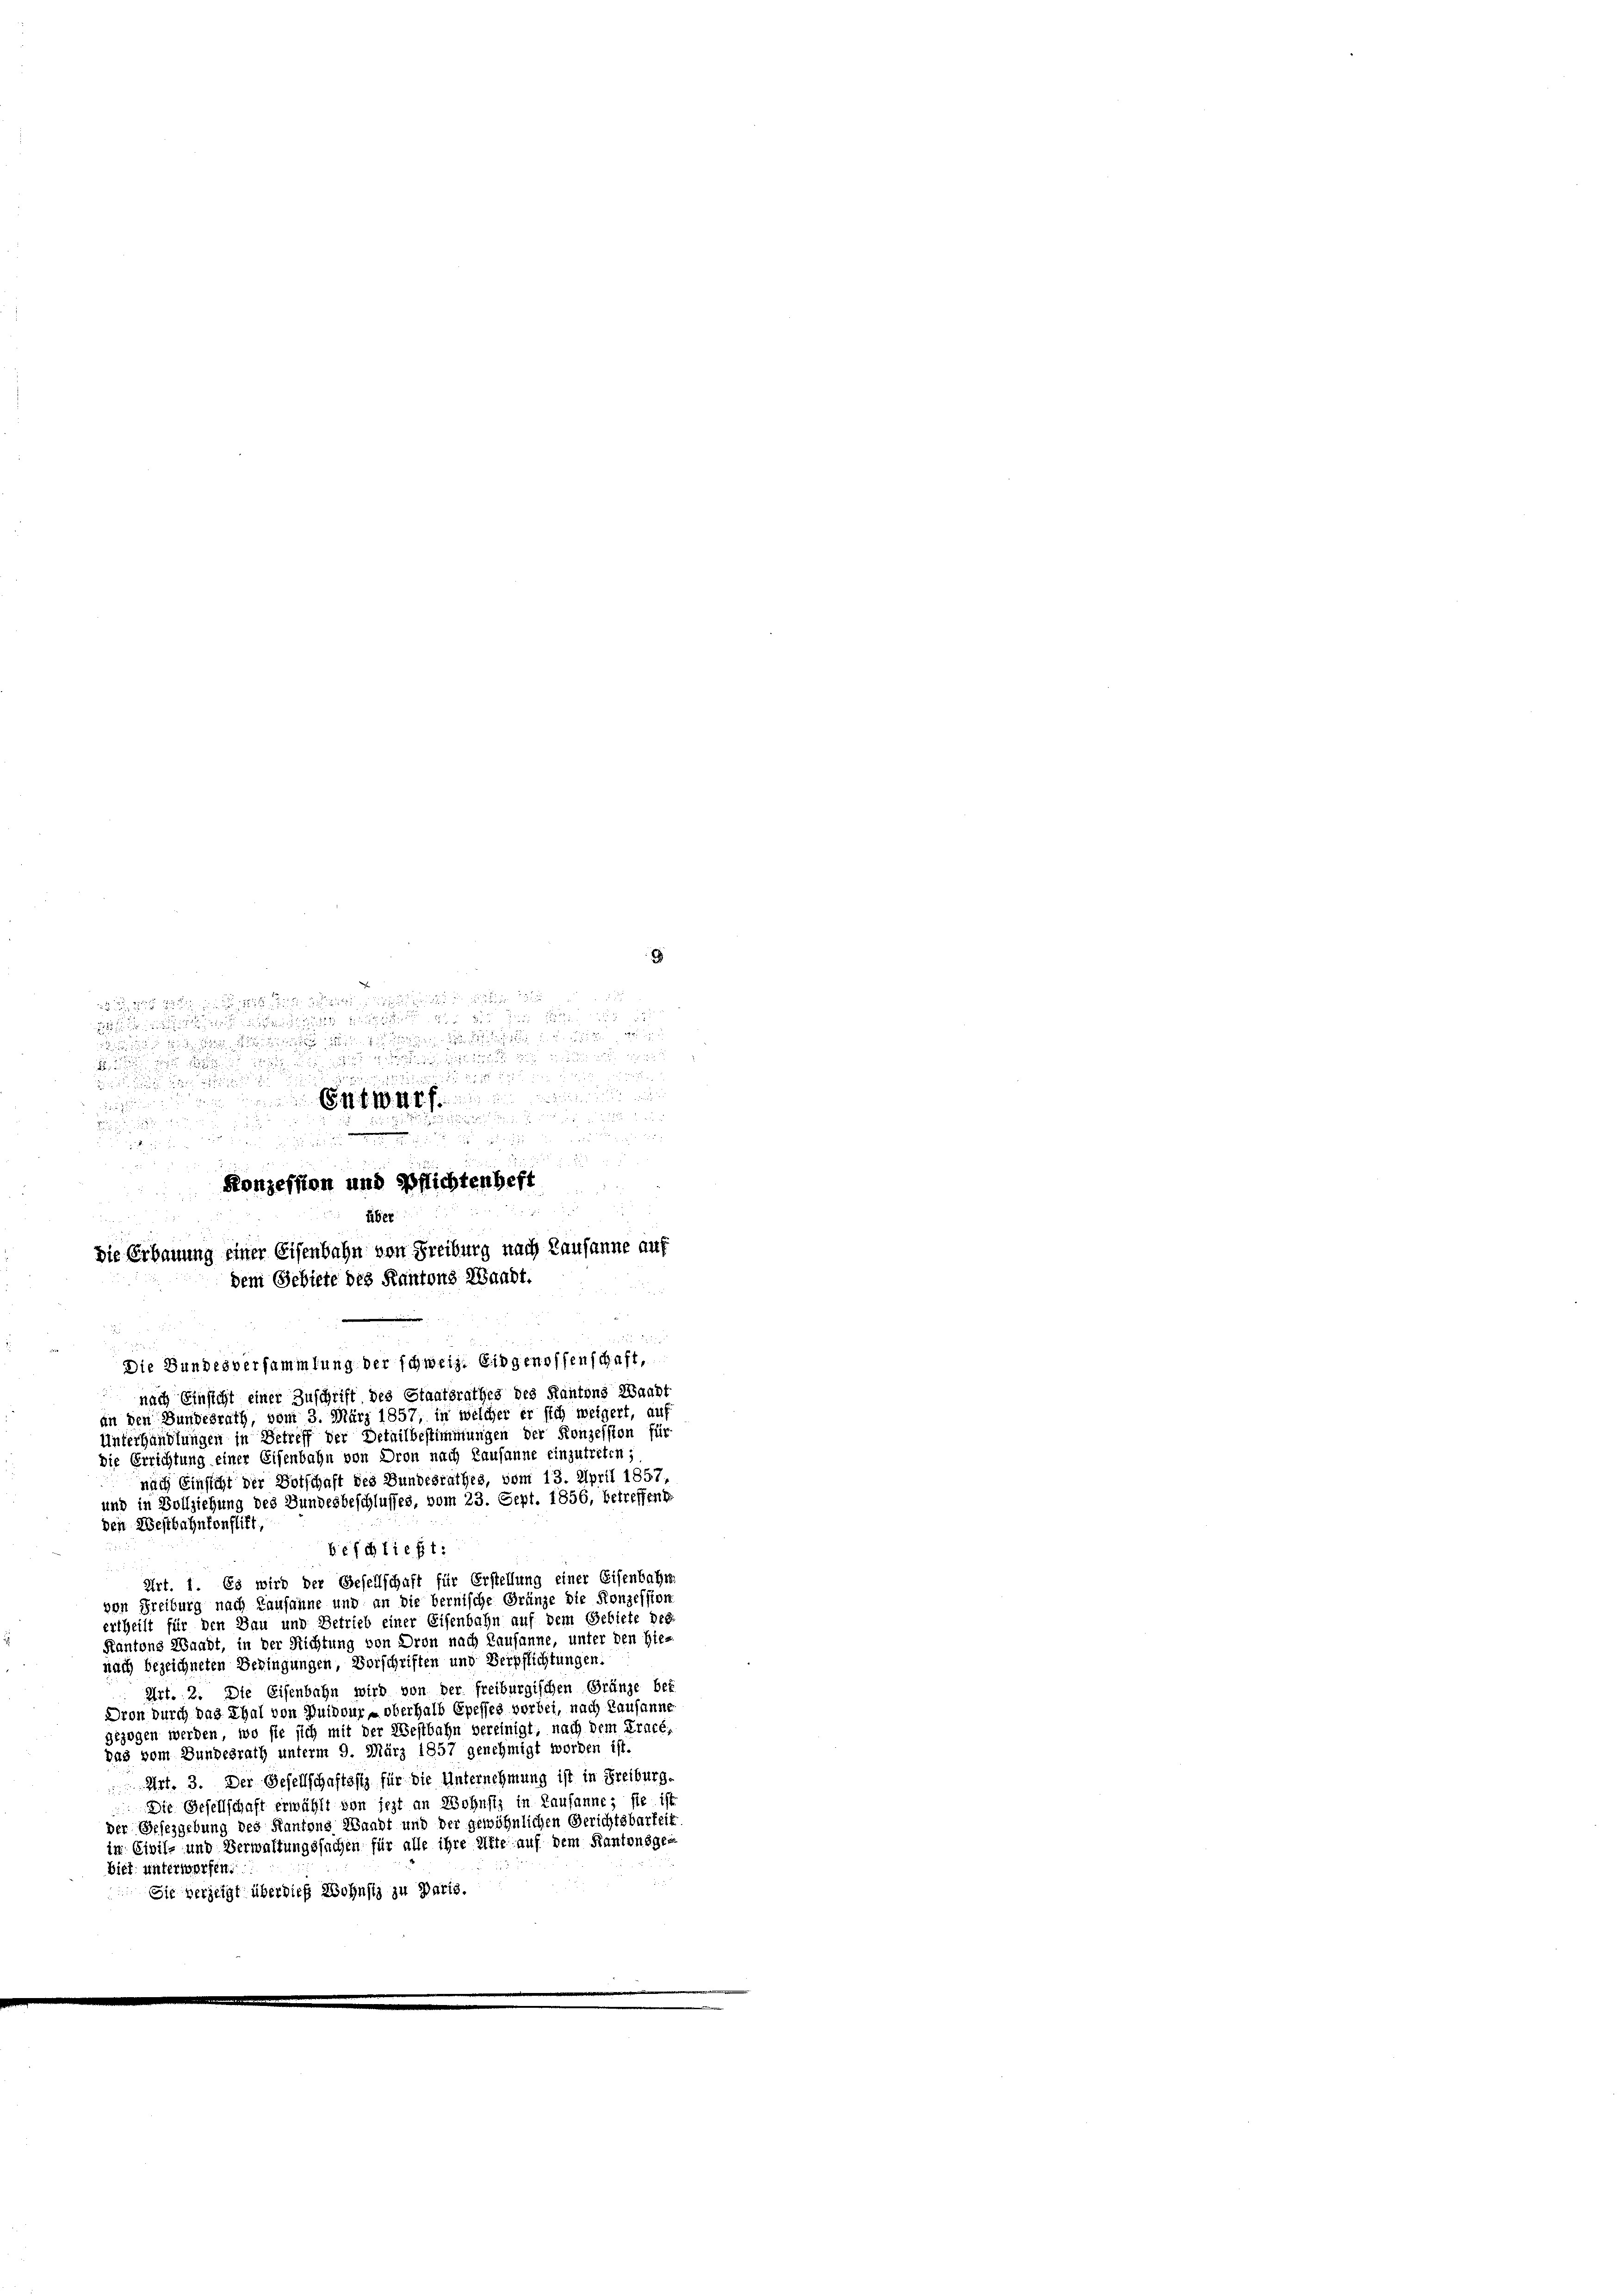
Konzession und Pflichtenheft

9

 u.

2

g
 2 x

u

  .  2

liber
Die Erbauung einer Eisenbahn von Freiburg nach Lausanne auf
dem Gebiete des Kantons Waadt.

Die Bundesversammlung der schweiz. Eidgenossenschaft,
nach Einsicht einer Zuschrift des Staatsrathes des Kantons Waadt
an den Bundesrath, vom 3. März 1857, in welcher er sich weigert, auf
Unterhandlungen in Betreff der Detailbestimmungen der Konzession für
die Errichtung einer Eisenbahn von Dron nach Lausanne einzutreten;
den Westbahnkonflikt,
Art. I. Es wird der Gesellschaft für Erstellung einer Eisenbahne
von Freiburg nach Lausanne und an die bernische Gränze die Konzession
ertheilt für den Bau und Betrieb einer Eisenbahn auf dem Gebiete der
Kantons Waadt, in der Richtung von Dron nach Lausanne, unter den Hie-
nach bezeichneten Bedingungen, Vorschriften und Verpflichtungen:
 Art. 2. Die Eisenbahn wird von der freiburgischen Gränze bei
Dron durch das Thal von Ruibour - oberhalb Epesses vorbei, nach Lausanne
gezogen werden, wo sie sich mit der Westbahn vereinigt, nach dem Tracé,
das vom Bundesrath unterm 9. März 1857 genehmigt worden ist.
 Art. 3. Der Gesellschaftsste für die Unternehmung ist in Freiburg-
Die Gesellschaft erwählt von jezt an Wohnsiz in Lausanne; sie ist
der Gesezgebung des Kantons Waadt und der gewöhnlichen Gerichtsbarkeit
in Civil- und Verwaltungssachen für alle ihre Alte auf dem Kantonsge¬
Biel unterworfen.
Sie verzeigt über diese Wohnst zu Paris.

nach Einsicht der Botschaft des Bundesrathes, vom 13. April 1857,
und in Vollziehung des Bundesbeschlusses, vom 23. Sept. 1856, betreffend
beschließt: